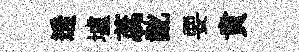
透壚蕊齔要賁